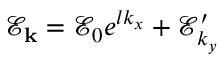
\mathscr { E } _ { \bf k } = \mathscr { E } _ { 0 } e ^ { l k _ { x } } + \mathscr { E } _ { k _ { y } } ^ { \prime }